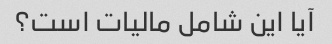
آیا این شامل مالیات است؟